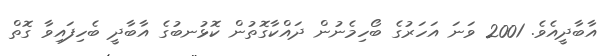
އާބާދީއެވެ. 2001 ވަނަ އަހަރުގެ ބޯހިމެނުން ދައްކާގޮތުން ކޮޅުނބުގެ އާބާދީ ބެހިފައިވާ ގޮތް